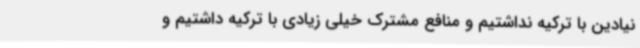
نیادین با ترکیه نداشتیم و منافع مشترک خیلی زیادی با ترکیه داشتیم و